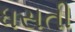
ધસતી